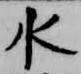
水